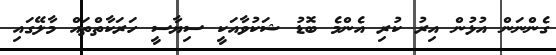
ގެންނަން އުޅުން އިރު ކުރި އެންމެ ބޮޑު ޝަކުވާއަކީ ސިޔާސީ ހަރަކާތްތައް މާލޭގައި